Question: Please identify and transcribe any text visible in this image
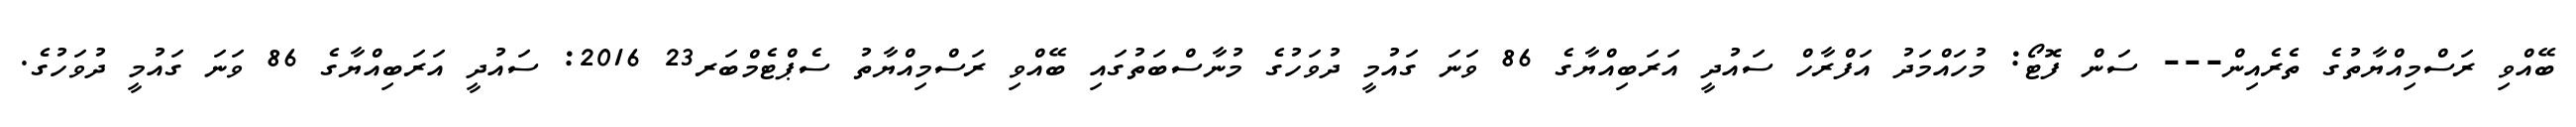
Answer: ބޭއްވި ރަސްމިއްޔާތުގެ ތެރެއިން--- ސަން ފޮޓޯ: މުހައްމަދު އަފްރާހް ސައުދީ އަރަބިއްޔާގެ 86 ވަނަ ގައުމީ ދުވަހުގެ މުނާސްބަތުގައި ބޭއްވި ރަސްމިއްޔާތު ސެޕްޓެމްބަރ23 2016: ސައުދީ އަރަބިއްޔާގެ 86 ވަނަ ގައުމީ ދުވަހުގެ.